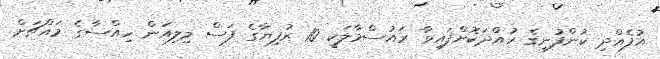
އުފެއްދި ކުންފުނީގެ ހުއްދަކޮށްފައިވާ ރައުސްމާލަކީ 10 ރުފިޔާގެ ފަސް މިލިއަން ހިއްސާގެ މައްޗަށް